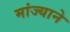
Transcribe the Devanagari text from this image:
मांज्याने